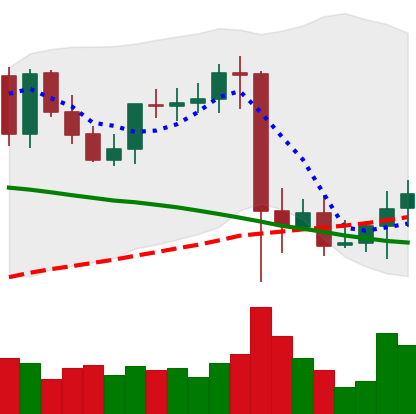
Ticker: XMR-USD
Chart end date: 2021-09-14
Forward return: -3.284%
Label: down_3_5